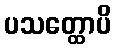
ပသတ္ထောပိ